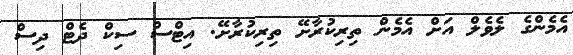
އެމެންގެ ލެވެލް އަށް އެމެން ތިރިކުރާށޭ ތިރިކުރާށޭ. އިޓްސްް ސިކް ދެޓް ދިސް